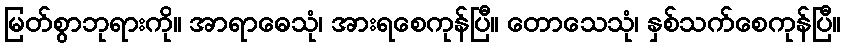
မြတ်စွာဘုရားကို။ အာရာဓေသုံ၊ အားရစေကုန်ပြီ။ တောသေသုံ၊ နှစ်သက်စေကုန်ပြီ။